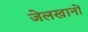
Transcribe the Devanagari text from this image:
जेलखानों